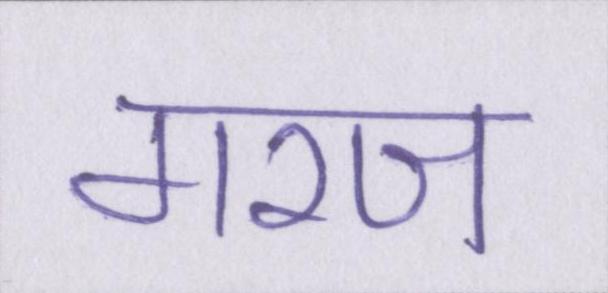
गरज